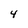
Character: 4